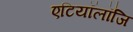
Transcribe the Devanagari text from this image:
एटियॉलॉजि